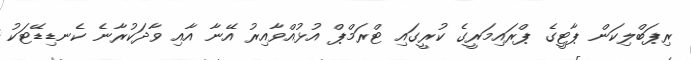
ރިޕަބްލިކަން ޕާޓީގެ ޕްރައިމަރީގެ ކުރީގައި ޓްރަމްޕް އުޅުއްވާއިރު އޭނާ އާއި ވާދަކުރާނެ ކެނޑިޑޭޓަކު